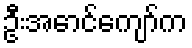
ဦးအောင်ကျော်က